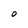
Character: 0